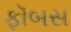
ફૉબસ